Vaccination in Bombay 1924-1928 - 1924-1928
Year: 1924
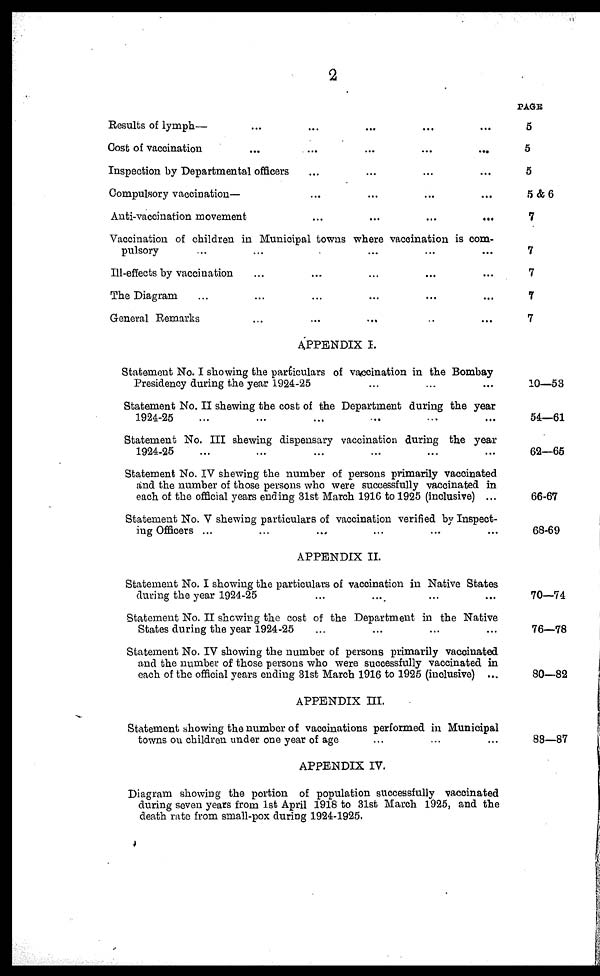
2
Results of lymph— ... ... ... ... ...
Cost of vaccination ... ... ... ... ...
Inspection by Departmental officers ... ... ... ...
Compulsory vaccination— ... ... ... ...
Anti-vaccination movement
...
...
...
...
Vaccination of children in Municipal towns where vaccination is com-
pulsory ... ... ... ... ...
Ill-effects by vaccination ... ... ... ... ...
The Diagram ... ... ... ... ... ...
General Remarks ... ... ... ... ...
APPENDIX I.
Statement No. I showing the particulars of vaccination in the Bombay
Presidency during the year 1924-25 ... ... ...
Statement No. II showing the cost of the Department during the year
1924-25 ... ... ... ... ... ...
Statement No. III showing dispensary vaccination during the year
1924-25 ... ... ... ... ... ...
Statement No. IV shewing the number of persons primarily vaccinated
and the number of those persons who were successfully vaccinated in
each of the official years ending 31st March 1916 to 1925 (inclusive) ...
Statement No. V shewing particulars of vaccination verified by Inspect-
ing Officers ... ... ... ... ... ...
APPENDIX II.
Statement No. I showing the particulars of vaccination in Native States
during the year 1924-25 ... ... ... ...
Statement No. II showing the cost of the Department in the Native
States during the year 1924-25 ... ... ... ...
Statement No. IV showing the number of persons primarily vaccinated
and the number of those persons who were successfully vaccinated in
each of the official years ending 31st March 1916 to 1925 (inclusive) ...
APPENDIX III.
Statement showing the number of vaccinations performed in Municipal
towns on children under one year of age ... ... ...
APPENDIX IV.
Diagram showing the portion of population successfully vaccinated
during seven years from 1st April 1918 to 31st March 1925, and the
death rate from small-pox during 1924-1925.
PAGE
5
5
5
5&6
7
7
7
7
7
10—53
54—61
62—65
66-67
68-69
70—74
76—78
80—82
88—87